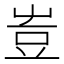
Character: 𧯛